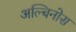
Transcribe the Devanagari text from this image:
अल्बिनोस